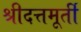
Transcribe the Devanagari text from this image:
श्रीदत्तमूर्ती